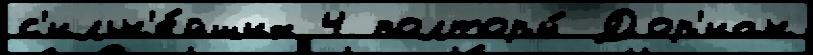
с'ильн'е́йших 4 полторы́ Дор'иан